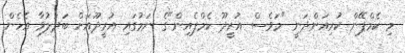
މި ކެމްޕޭން ކުރިއަށްދަނީ "މަވެސް އުރީދޫ ކެމްޕެއިން"ގެ ނަމުގައި އުރީދޫއަށް ބަދަލުވާ އެހެން